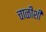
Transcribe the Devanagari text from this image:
चाळीशी